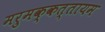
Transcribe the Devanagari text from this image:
मरुमक्कत्तायम